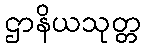
ဌာနိယသုတ္တ